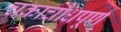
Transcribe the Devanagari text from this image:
चकाचौंधपूर्ण